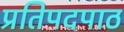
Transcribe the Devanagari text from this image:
प्रतिपदपाठ